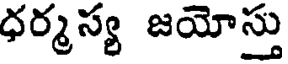
ధర్మస్య జయోస్తు